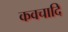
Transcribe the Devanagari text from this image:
कवचादि